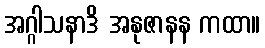
အဂ္ဂါသနာဒိ အနုဇာနန ကထာ။